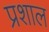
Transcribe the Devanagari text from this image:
प्रशाल